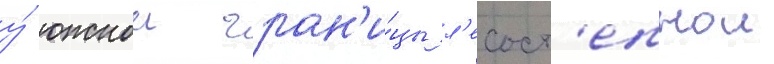
у́ южнои гран'и́цы л'есост'епнои